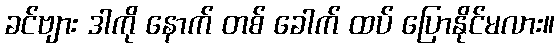
ခင်ဗျား ဒါကို နောက် တစ် ခေါက် ထပ် ပြောနိုင်မလား။